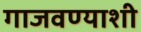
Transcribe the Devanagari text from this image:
गाजवण्याशी